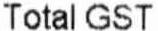
TOTAL GST